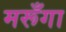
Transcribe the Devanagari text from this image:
मरूँगा